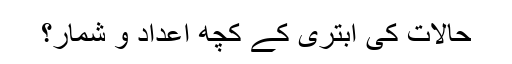
حالات کی ابتری کے کچھ اعداد و شمار؟